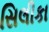
સિલીકા